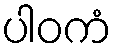
ပါဝကံ